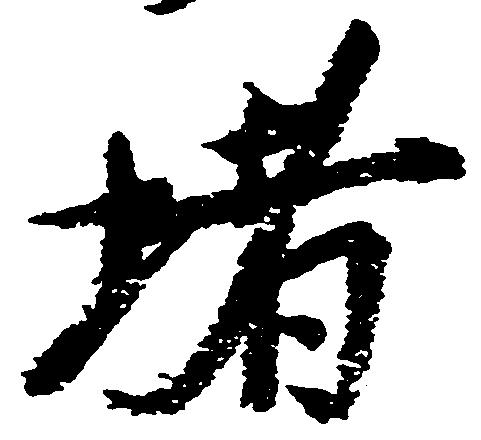
堵